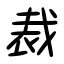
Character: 裁